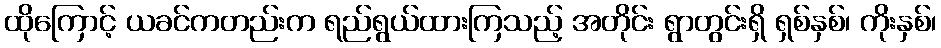
ထိုကြောင့် ယခင်ကတည်းက ရည်ရွယ်ထားကြသည့် အတိုင်း ရွာတွင်းရှိ ရှစ်နှစ်၊ ကိုးနှစ်၊